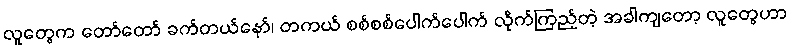
လူတွေက တော်တော် ခက်တယ်နော်၊ တကယ် စစ်စစ်ပေါက်ပေါက် လိုက်ကြည့်တဲ့ အခါကျတော့ လူတွေဟာ